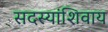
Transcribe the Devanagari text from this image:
सदस्यांशिवाय